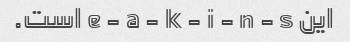
این e - a - k - i - n - s است.